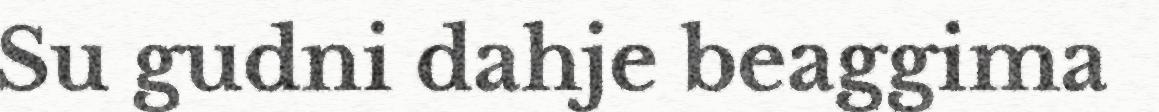
Su gudni dahje beaggima